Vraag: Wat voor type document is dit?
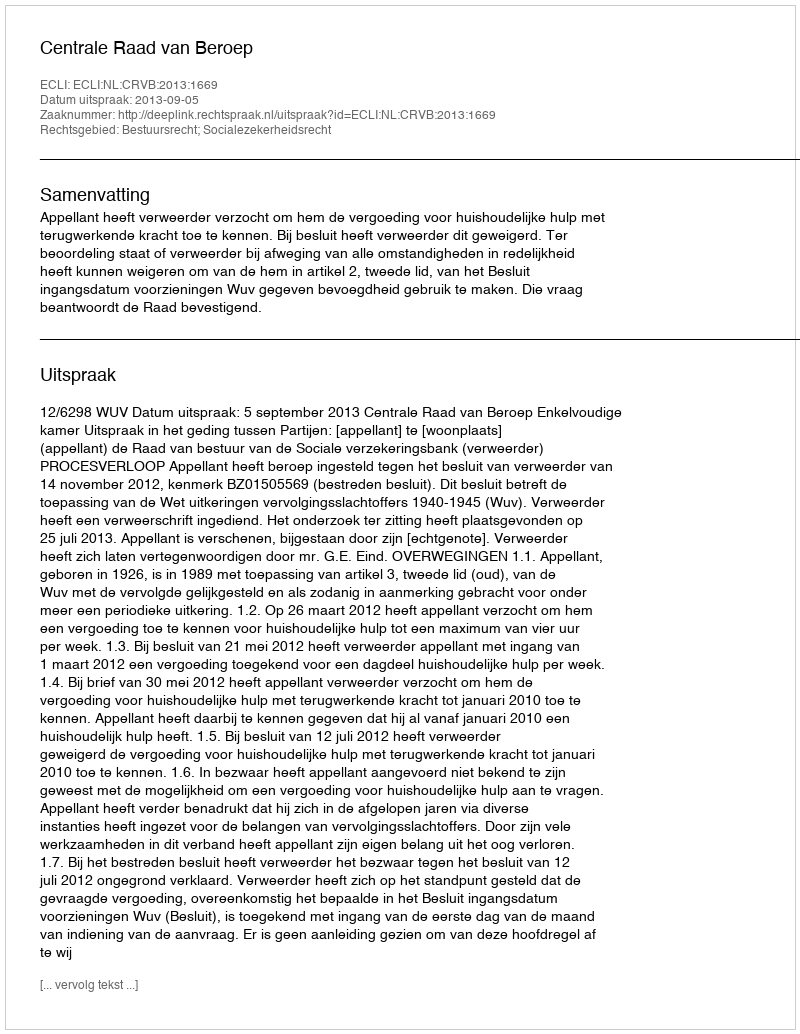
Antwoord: Uitspraak